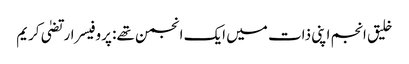
خلیق انجم اپنی ذات میں ایک انجمن تھے: پروفیسر ارتضیٰ کریم